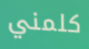
كلمني